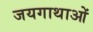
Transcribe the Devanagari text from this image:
जयगाथाओं